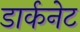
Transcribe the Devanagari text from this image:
डार्कनेट